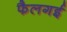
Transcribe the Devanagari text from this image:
फैलगई